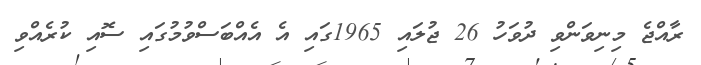
ރާއްޖެ މިނިވަންވި ދުވަހު 26 ޖުލައި 1965ގައި އެ އެއްބަސްވުމުގައި ސޮއި ކުރެއްވި